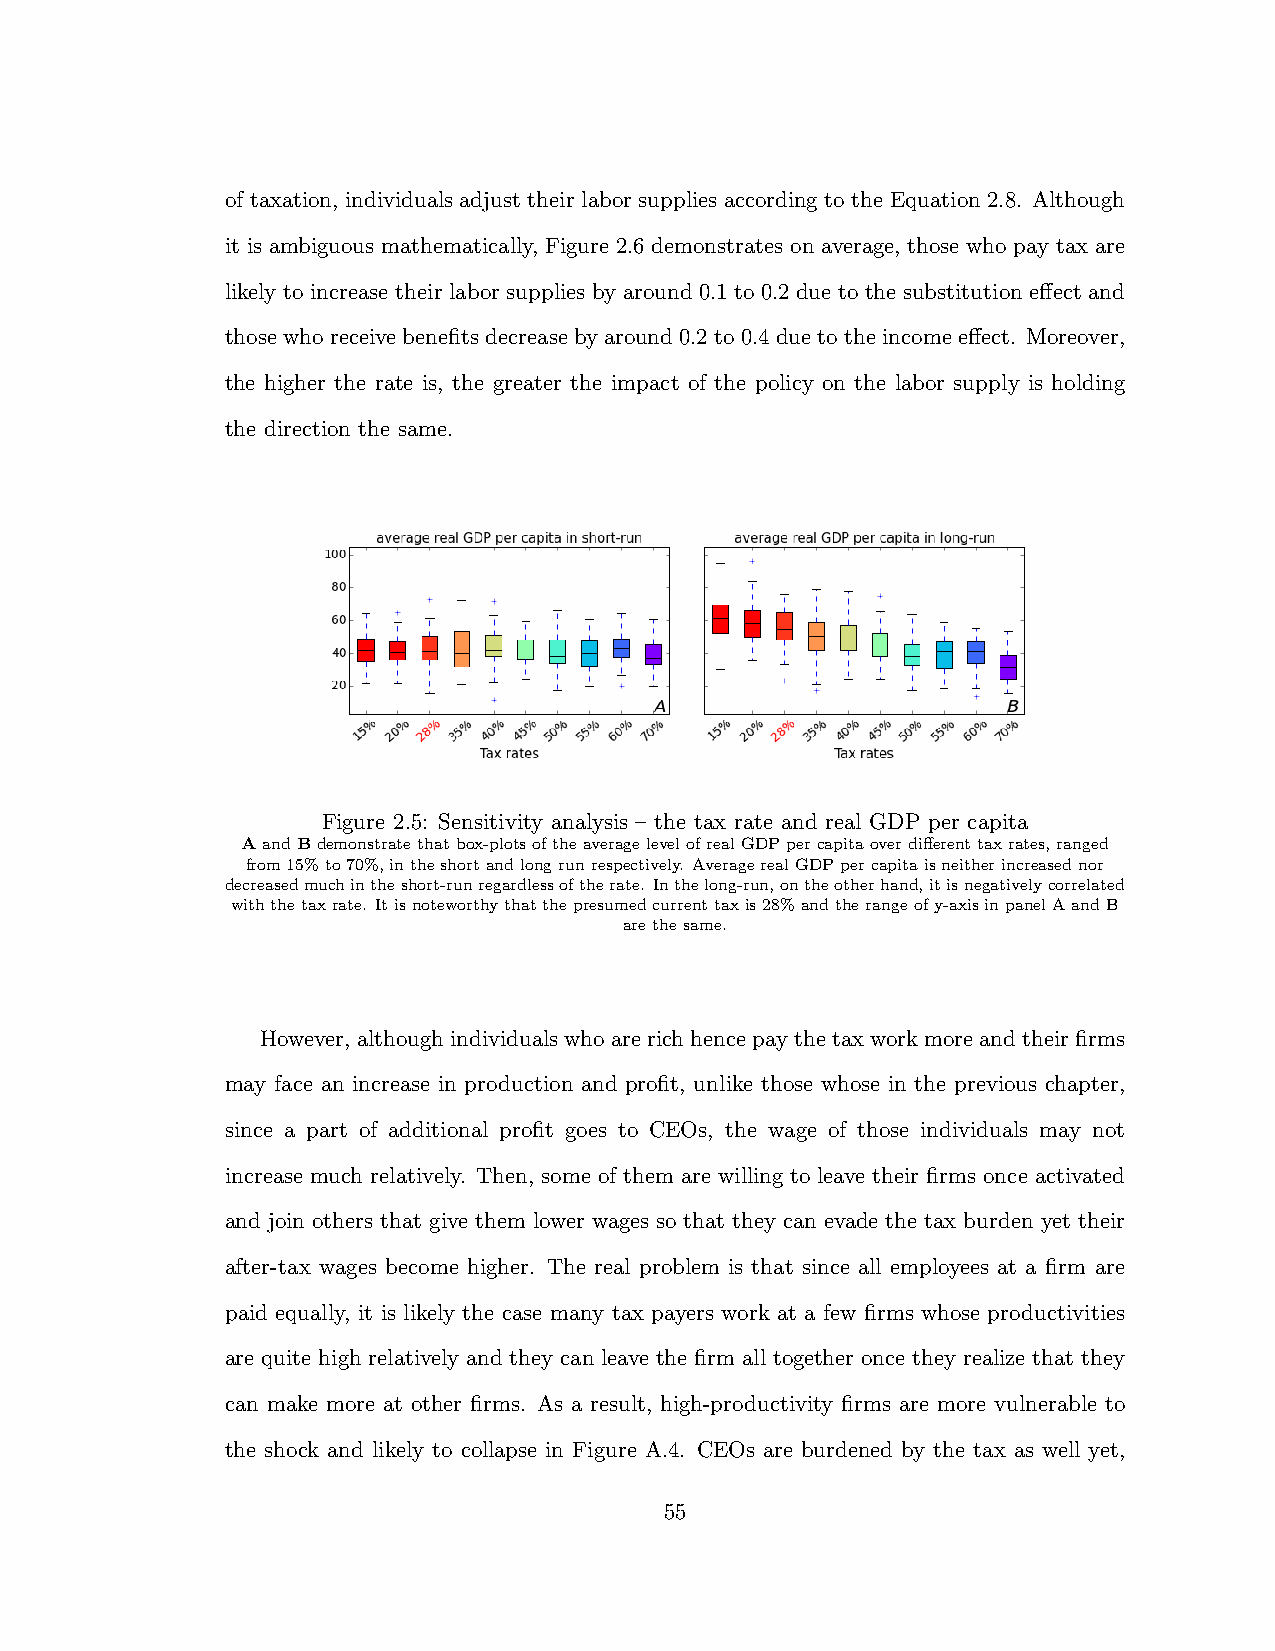
of taxation, individuals adjust their labor supplies according to the Equation 2.8. Although
 it is ambiguous mathematically, Figure 2.6 demonstrates on average, those who pay tax are
 likely to increase their labor supplies by around 0.1 to 0.2 due to the substitution e↵ect and
 thosewhoreceivebenefitsdecreasebyaround0.2to0.4duetotheincomee↵ect. Moreover,
 the higher the rate is, the greater the impact of the policy on the labor supply is holding
 the direction the same.
 Figure 2.5: Sensitivity analysis – the tax rate and real GDP per capita
 AandBdemonstratethatbox-plotsoftheaveragelevelofrealGDPpercapitaoverdi↵erenttaxrates,ranged
 from15%to70%,intheshortandlongrunrespectively. AveragerealGDPpercapitaisneitherincreasednor
 decreasedmuchintheshort-runregardlessoftherate. Inthelong-run,ontheotherhand,itisnegativelycorrelated
 withthetaxrate. Itisnoteworthythatthepresumedcurrenttaxis28%andtherangeofy-axisinpanelAandB
 arethesame.
 However, althoughindividualswhoarerichhencepaythetaxworkmoreandtheirfirms
 may face an increase in production and profit, unlike those whose in the previous chapter,
 since a part of additional profit goes to CEOs, the wage of those individuals may not
 increase much relatively. Then, some of them are willing to leave their firms once activated
 and join others that give them lower wages so that they can evade the tax burden yet their
 after-tax wages become higher. The real problem is that since all employees at a firm are
 paid equally, it is likely the case many tax payers work at a few firms whose productivities
 are quite high relatively and they can leave the firm all together once they realize that they
 can make more at other firms. As a result, high-productivity firms are more vulnerable to
 the shock and likely to collapse in Figure A.4. CEOs are burdened by the tax as well yet,
 55